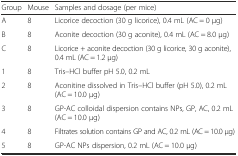
| Group | Mouse | Samples and dosage (per mice) |
 | --- | --- | --- |
 | A | 8 | Licorice decoction (30 g licorice), 0.4 mL (AC = 0 μg) |
 | B | 8 | Aconite decoction (30 g aconite), 0.4 mL (AC = 8.0 μg) |
 | C | 8 | Licorice + aconite decoction (30 g licorice, 30 g aconite), 0.4 mL (AC = 1.2 μg) |
 | 1 | 8 | Tris–HCl buffer pH 5.0, 0.2 mL |
 | 2 | 8 | Aconitine dissolved in Tris–HCl buffer (pH 5.0), 0.2 mL (AC = 10.0 μg) |
 | 3 | 8 | GP-AC colloidal dispersion contains NPs, GP, AC, 0.2 mL (AC = 10.0 μg) |
 | 4 | 8 | Filtrates solution contains GP and AC, 0.2 mL (AC = 10.0 μg) |
 | 5 | 8 | GP-AC NPs dispersion, 0.2 mL (AC = 10.0 μg) |